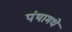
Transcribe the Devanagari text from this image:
पंथामधे